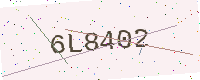
Text: 6L8402